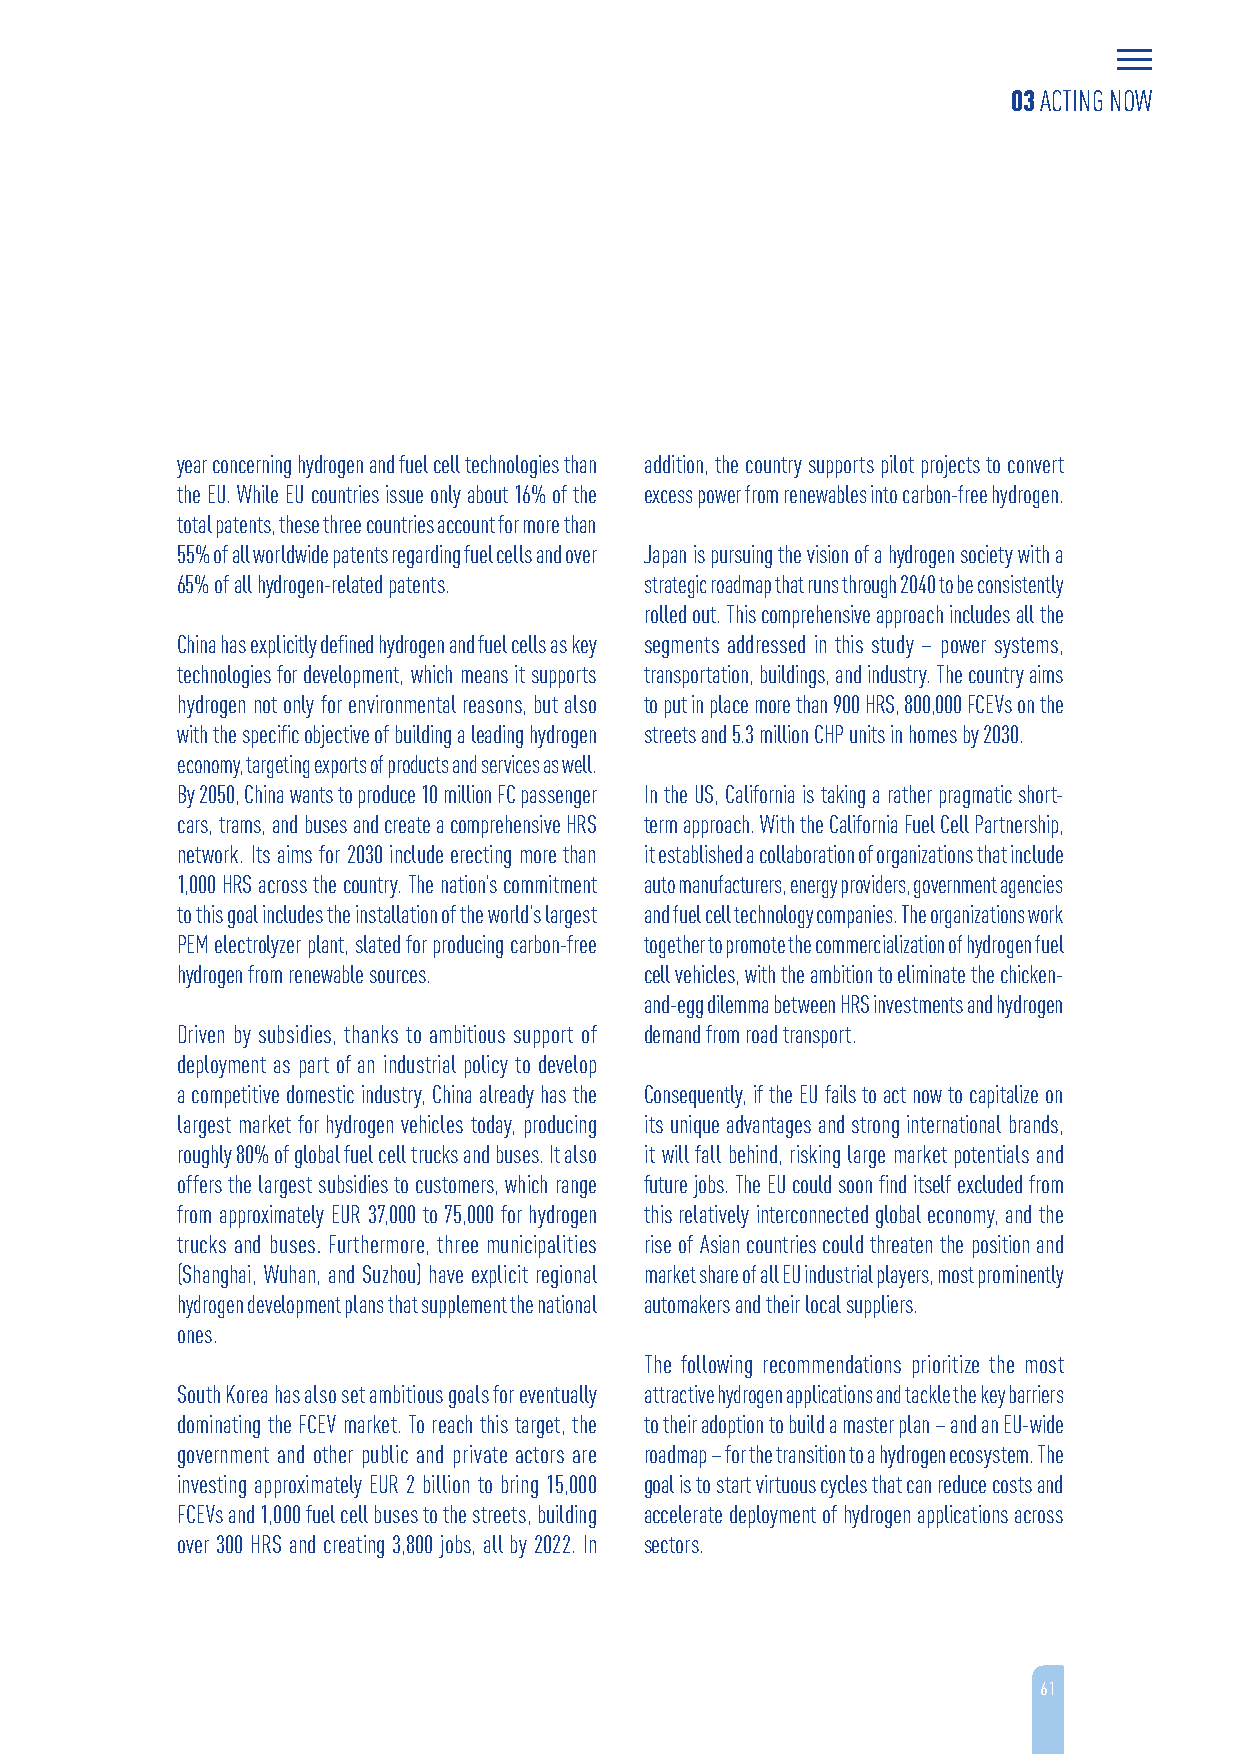
03 ACTING NOW
 year concerning hydrogen and fuel cell technologies than addition, the country supports pilot projects to convert
 the EU. While EU countries issue only about 16% of the excess power from renewables into carbon-free hydrogen.
 total patents, these three countries account for more than
 55% of all worldwide patents regarding fuel cells and over Japan is pursuing the vision of a hydrogen society with a
 65% of all hydrogen-related patents. strategic roadmap that runs through 2040 to be consistently
 rolled out. This comprehensive approach includes all the
 China has explicitly defined hydrogen and fuel cells as key segments addressed in this study – power systems,
 technologies for development, which means it supports transportation, buildings, and industry. The country aims
 hydrogen not only for environmental reasons, but also to put in place more than 900 HRS, 800,000 FCEVs on the
 with the specific objective of building a leading hydrogen streets and 5.3 million CHP units in homes by 2030.
 economy, targeting exports of products and services as well.
 By 2050, China wants to produce 10 million FC passenger In the US, California is taking a rather pragmatic short-
 cars, trams, and buses and create a comprehensive HRS term approach. With the California Fuel Cell Partnership,
 network. Its aims for 2030 include erecting more than it established a collaboration of organizations that include
 1,000 HRS across the country. The nation’s commitment auto manufacturers, energy providers, government agencies
 to this goal includes the installation of the world’s largest and fuel cell technology companies. The organizations work
 PEM electrolyzer plant, slated for producing carbon-free together to promote the commercialization of hydrogen fuel
 hydrogen from renewable sources. cell vehicles, with the ambition to eliminate the chicken-
 and-egg dilemma between HRS investments and hydrogen
 Driven by subsidies, thanks to ambitious support of demand from road transport.
 deployment as part of an industrial policy to develop
 a competitive domestic industry, China already has the Consequently, if the EU fails to act now to capitalize on
 largest market for hydrogen vehicles today, producing its unique advantages and strong international brands,
 roughly 80% of global fuel cell trucks and buses. It also it will fall behind, risking large market potentials and
 offers the largest subsidies to customers, which range future jobs. The EU could soon find itself excluded from
 from approximately EUR 37,000 to 75,000 for hydrogen this relatively interconnected global economy, and the
 trucks and buses. Furthermore, three municipalities rise of Asian countries could threaten the position and
 (Shanghai, Wuhan, and Suzhou) have explicit regional market share of all EU industrial players, most prominently
 hydrogen development plans that supplement the national automakers and their local suppliers.
 ones.
 The following recommendations prioritize the most
 South Korea has also set ambitious goals for eventually attractive hydrogen applications and tackle the key barriers
 dominating the FCEV market. To reach this target, the to their adoption to build a master plan – and an EU-wide
 government and other public and private actors are roadmap – for the transition to a hydrogen ecosystem. The
 investing approximately EUR 2 billion to bring 15,000 goal is to start virtuous cycles that can reduce costs and
 FCEVs and 1,000 fuel cell buses to the streets, building accelerate deployment of hydrogen applications across
 over 300 HRS and creating 3,800 jobs, all by 2022. In sectors.
 61